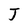
Character: T